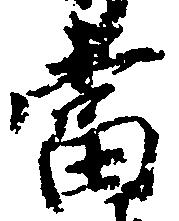
当